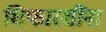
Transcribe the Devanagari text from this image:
शिफारशींना